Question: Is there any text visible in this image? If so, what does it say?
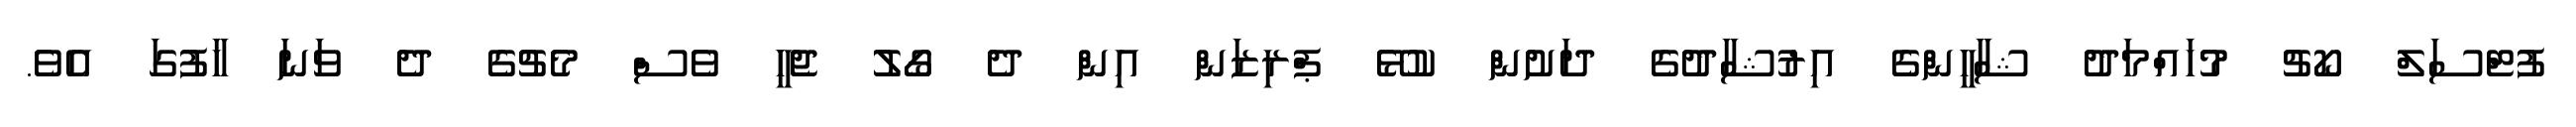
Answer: ފުޓްސަލް ކޯޗު މުހައްމަދު ޝާހީންގެ އިރުޝާދުގެ ދަށުން ކުޅޭ ޕްރިޒަން އިން ދެ ގޯލު ޖެހީ ވެސް މެޗުގެ ދެ ވަނަ ހާފުގަ އެވެ.